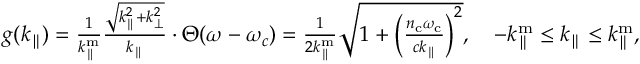
\begin{array} { r } { g ( k _ { \parallel } ) = \frac { 1 } { k _ { \parallel } ^ { \mathrm { m } } } \frac { \sqrt { k _ { \parallel } ^ { 2 } + k _ { \perp } ^ { 2 } } } { k _ { \parallel } } \cdot \Theta ( \omega - \omega _ { c } ) = \frac { 1 } { 2 k _ { \parallel } ^ { \mathrm { m } } } \sqrt { 1 + \left( \frac { n _ { \mathrm { c } } \omega _ { \mathrm { c } } } { c k _ { \parallel } } \right) ^ { 2 } } , ~ ~ ~ - k _ { \parallel } ^ { \mathrm { m } } \leq k _ { \parallel } \leq k _ { \parallel } ^ { \mathrm { m } } , } \end{array}